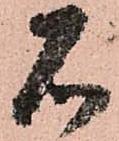
石